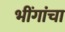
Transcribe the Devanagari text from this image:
भींगांचा